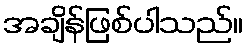
အချိန်ဖြစ်ပါသည်။